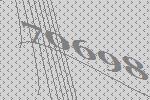
70698